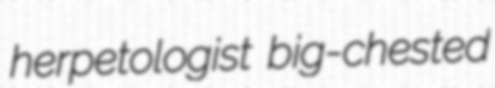
herpetologist big-chested